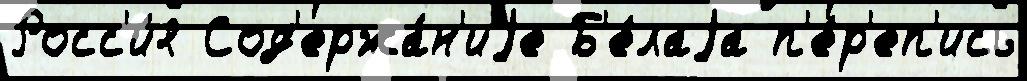
Росс'и́я Сод'ержа́н'иjе Б'е́лаjа п'е́р'еп'ись